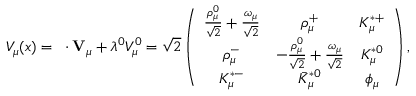
V _ { \mu } ( x ) = { \bf \lambda \cdot V } _ { \mu } + \lambda ^ { 0 } V _ { \mu } ^ { 0 } = \sqrt { 2 } \left( \begin{array} { c c c } { { \frac { \rho _ { \mu } ^ { 0 } } { \sqrt { 2 } } + \frac { \omega _ { \mu } } { \sqrt { 2 } } } } & { { \rho _ { \mu } ^ { + } } } & { { K _ { \mu } ^ { * + } } } \\ { { \rho _ { \mu } ^ { - } } } & { { - \frac { \rho _ { \mu } ^ { 0 } } { \sqrt { 2 } } + \frac { \omega _ { \mu } } { \sqrt { 2 } } } } & { { K _ { \mu } ^ { * 0 } } } \\ { { K _ { \mu } ^ { * - } } } & { { \bar { K } _ { \mu } ^ { * 0 } } } & { { \phi _ { \mu } } } \end{array} \right) ,